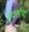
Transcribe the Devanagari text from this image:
बुटालीया